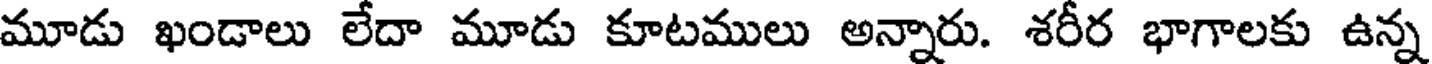
మూడు ఖండాలు లేదా మూడు కూటములు అన్నారు. శరీర భాగాలకు ఉన్న